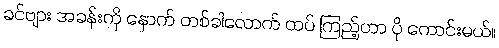
ခင်ဗျား အခန်းကို နောက် တစ်ခါလောက် ထပ် ကြည့်တာ ပို ကောင်းမယ်။